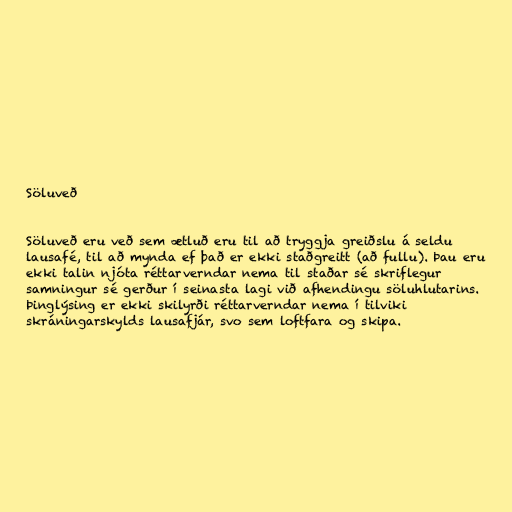
Söluveð

Söluveð eru veð sem ætluð eru til að tryggja greiðslu á seldu
lausafé, til að mynda ef það er ekki staðgreitt (að fullu). Þau eru
ekki talin njóta réttarverndar nema til staðar sé skriflegur
samningur sé gerður í seinasta lagi við afhendingu söluhlutarins.
Þinglýsing er ekki skilyrði réttarverndar nema í tilviki
skráningarskylds lausafjár, svo sem loftfara og skipa.